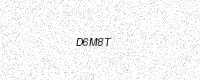
Text: D6M8T